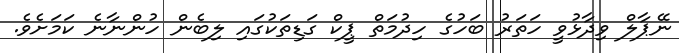
ނޭޕާލް ވިދާޅުވީ ހަތަރު ބަހުގެ ހިދުމަތް ޕީކް ގަޑިތަކުގައި ލިބެން ހުންނާނެ ކަމަށެވެ.